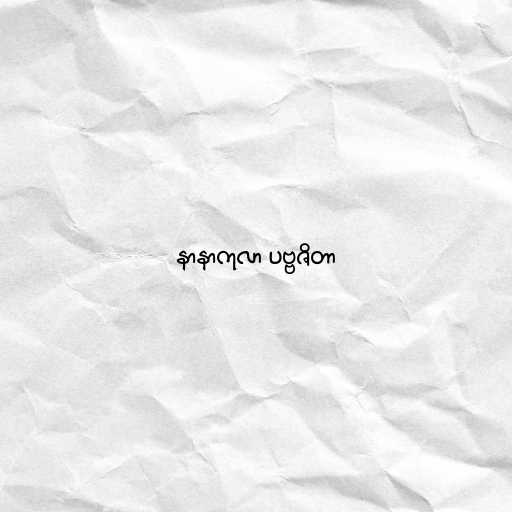
နာနာကုလာ ပဗ္ဗဇိတာ